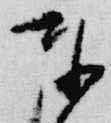
奉